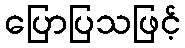
ပြောပြသဖြင့်